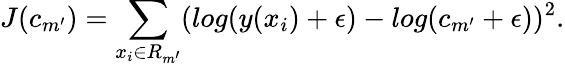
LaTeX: J(c_{m^{\prime}})=\sum_{x_{i}\in R_{m^{\prime}}}(log(y(x_{i})+\epsilon)-log(c_{m^{\prime}}+\epsilon))^{2}.